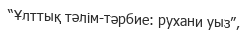
“Ұлттық тәлім-тәрбие: рухани уыз”,